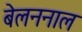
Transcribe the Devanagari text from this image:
बेलननाल